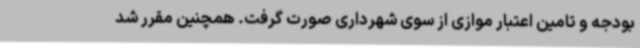
بودجه و تامین اعتبار موازی از سوی شهرداری صورت گرفت. همچنین مقرر شد